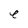
Character: e